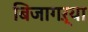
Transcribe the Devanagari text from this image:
बिजागऱ्या